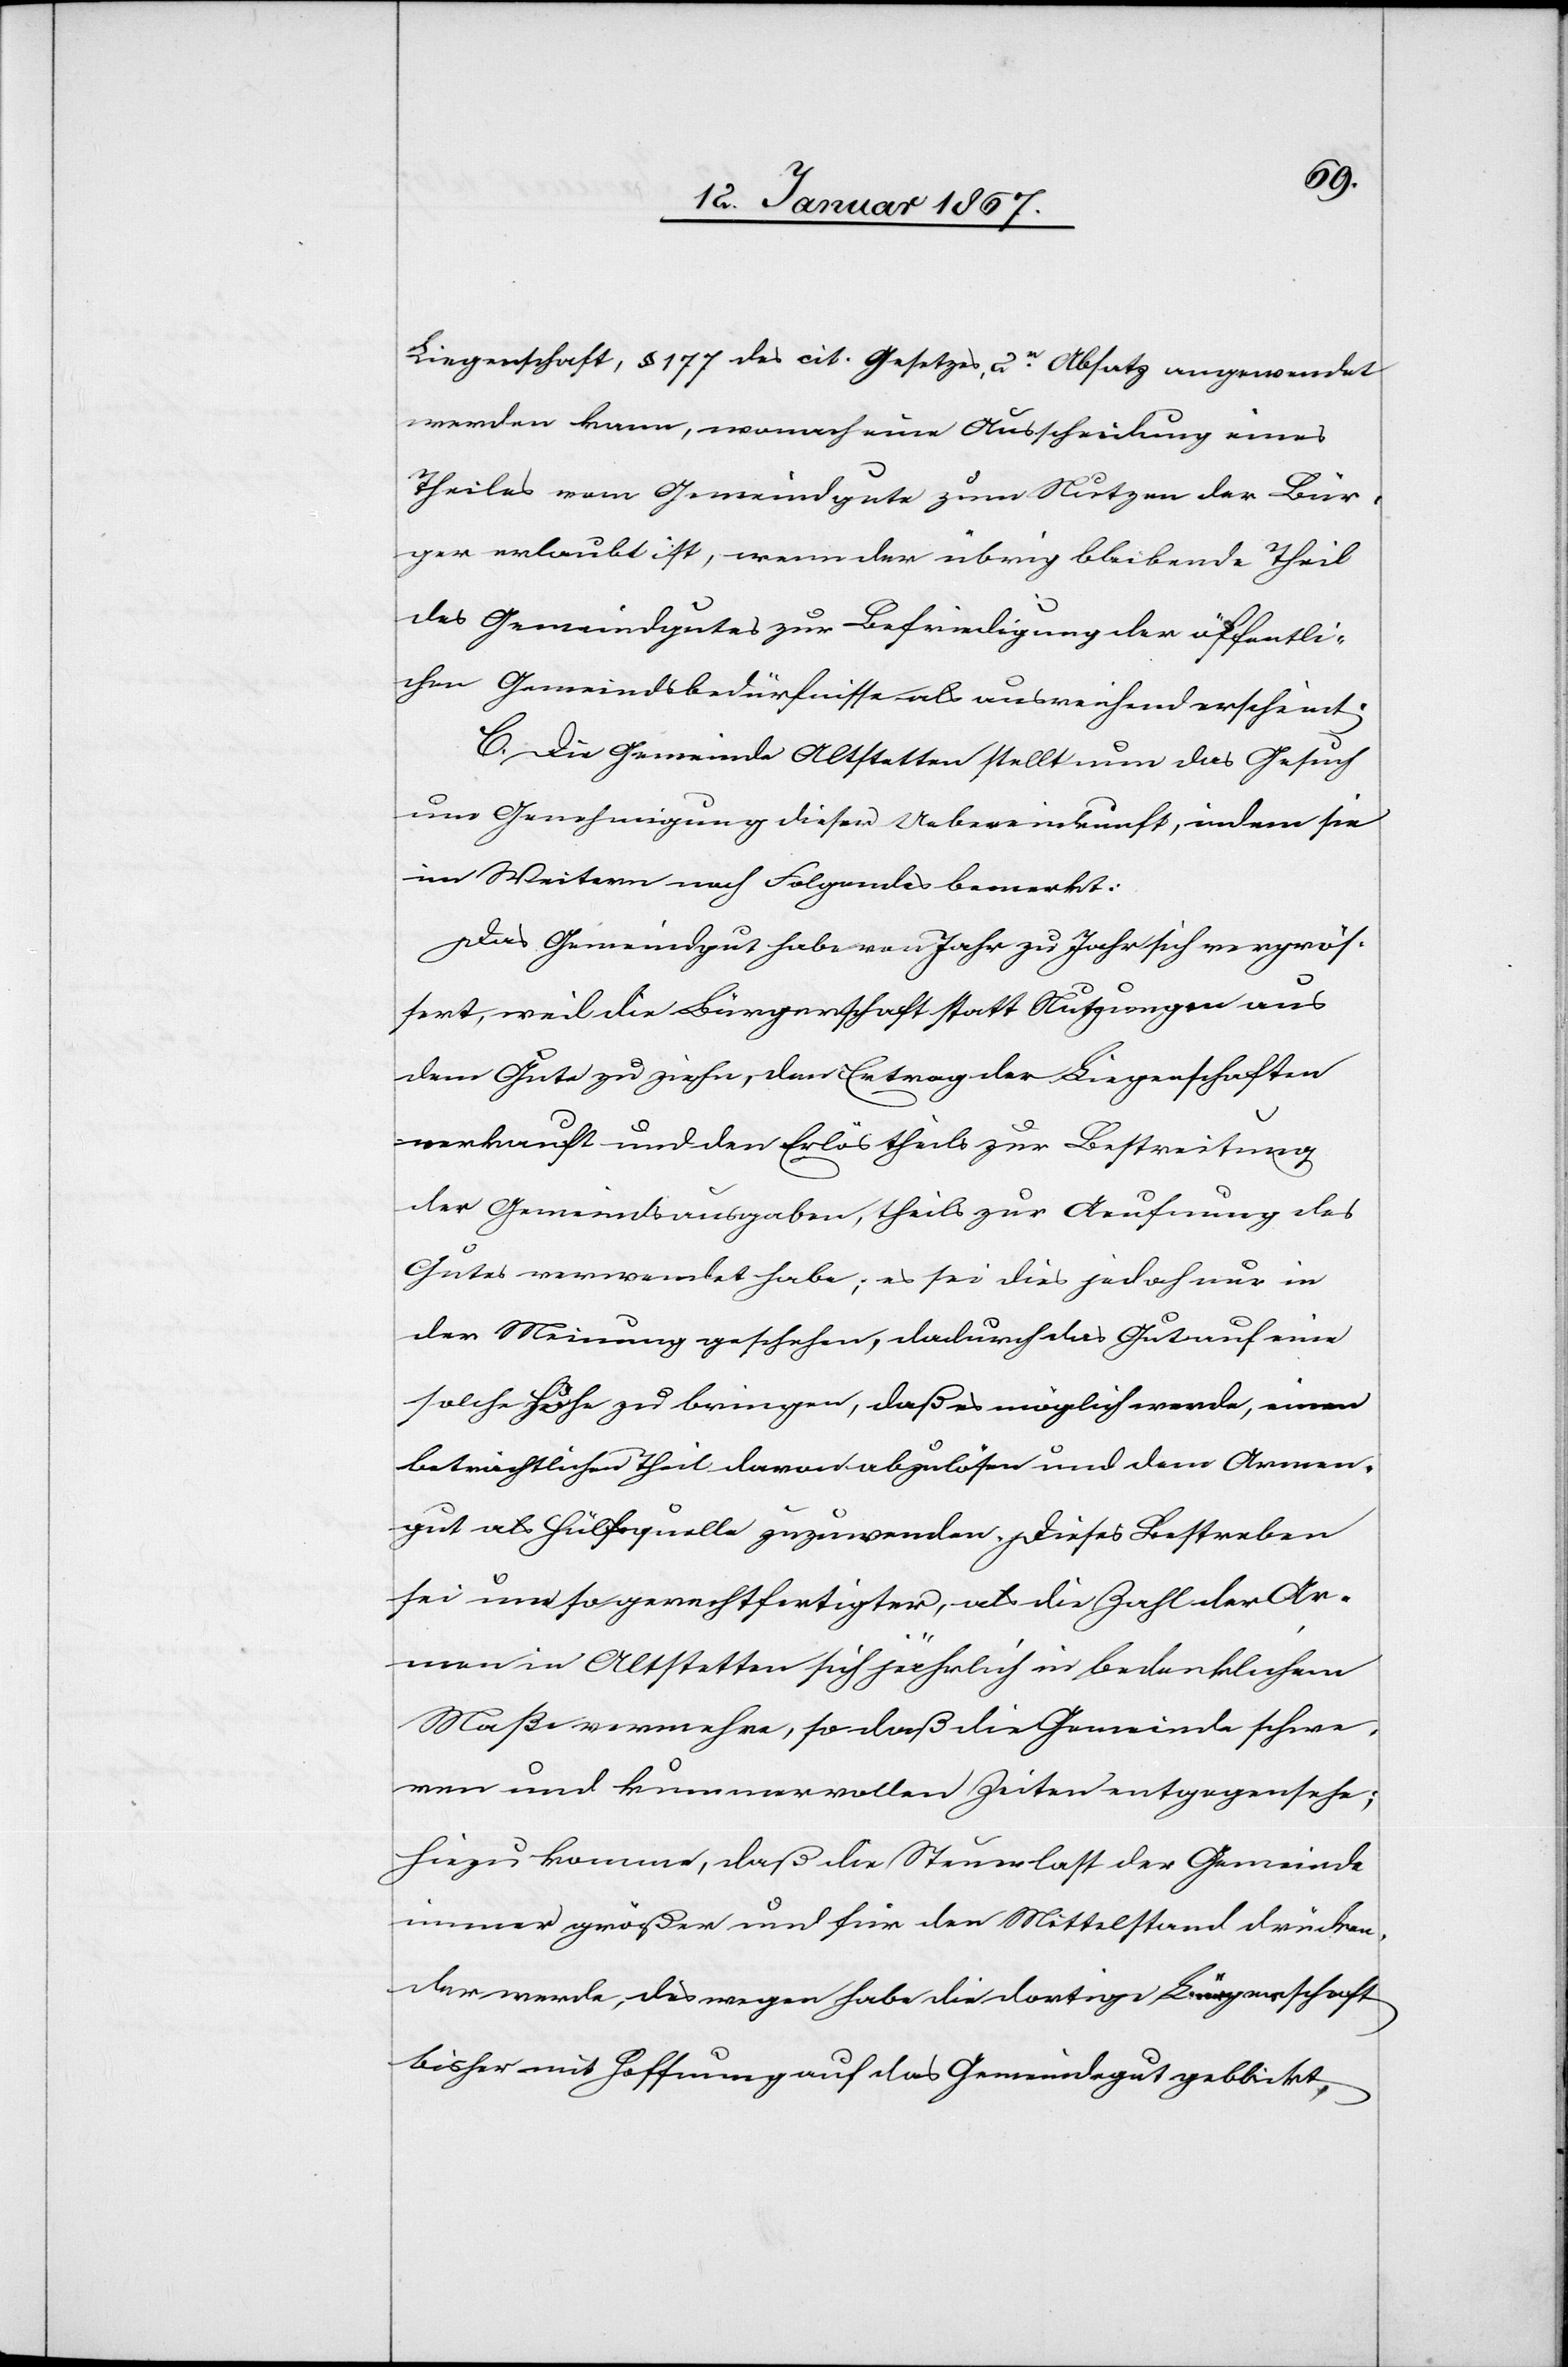
Liegenschaft, § 177 des cit. Gesetzes, 2r Absatz angewendet
werden kann, wonach eine Ausscheidung eines
Theiles vom Gemeindgute zum Nutzen der Bür¬
ger erlaubt ist, wenn der übrig bleibende Theil
des Gemeindgutes zur Befriedigung der öffentli¬
chen Gemeindsbedürfnisse als ausreichend erscheint.
C. Die Gemeinde Altstetten stellt nun das Gesuch
um Genehmigung dieser Uebereinkunft, indem sie
im Weitern noch Folgendes bemerkt:
Das Gemeindgut habe von Jahr zu Jahr sich vergrös¬
sert, weil die Bürgerschaft statt Nutzungen aus
dem Gute zu ziehen, den Ertrag der Liegenschaften
verkauft und den Erlös theils zur Bestreitung
der Gemeindsausgaben, theils zur Aeufnung des
Gutes verwendet habe; es sei dies jedoch nur in
der Meinung geschehen, dadurch das Gut auf eine
solche Höhe zu bringen, daß es möglich werde, einen
beträchtlichen Theil davon abzulösen und dem Armen¬
gut als Hülfsquelle zuzuwenden. Dieses Bestreben
sei um so gerechtfertigter, als die Zahl der Ar¬
men in Altstetten sich jährlich in bedenklichem
Maße vermehre, so daß die Gemeinde schwe¬
ren und kummervollen Zeiten entgegensehe;
hiezu komme, daß die Steuerlast der Gemeinde
immer größer und für den Mittelstand drücken¬
der werde, des wegen habe die dortige Bürgerschaft
bisher mit Hoffnung auf das Gemeindegut geblickt,